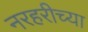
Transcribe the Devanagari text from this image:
नरहरीच्या